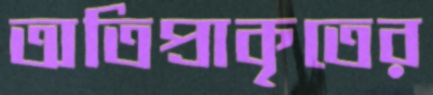
অতিপ্রাকৃতের